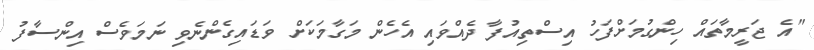
"އެ ޖަރީމާތައް ހިންގުމަށްފަހު އިސްތިއުފާ ދެއްވައި އެހެން މަގާމަކަށް ވަޑައިގެންނެވި ނަމަވެސް އިންސާފު